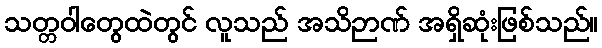
သတ္တဝါတွေထဲတွင် လူသည် အသိဉာဏ် အရှိဆုံးဖြစ်သည်။